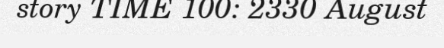
story TIME 100: 2330 August